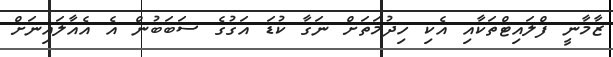
ޒާމާނީ ފްލައިޓްތަކާއި އެކި ހިދުމަތަށް ނަގާ ކުޑަ އަގުގެ ސަބަބުން އެ އެއާލައިނަށް